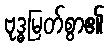
ဗုဒ္ဓမြတ်စွာ၏